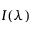
I ( \lambda )